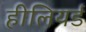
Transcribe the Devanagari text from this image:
हीलियर्ड